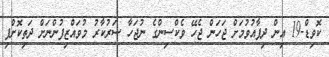
ކޮވިޑް-19 އިން ދިފާއުވުމަށް ޖަހަން ޖެހޭ ވެކްސިންގެ ނުޖަހާ ސަރުކާރު މުވައްޒިފުންނަަށް ދަތިކޮށްފި